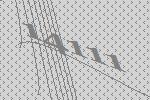
14111